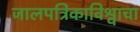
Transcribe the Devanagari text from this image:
जालपत्रिकाविश्वाचा